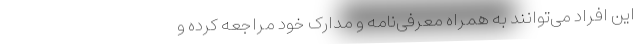
این افراد می‌توانند به همراه معرفی‌نامه و مدارک خود مراجعه کرده و